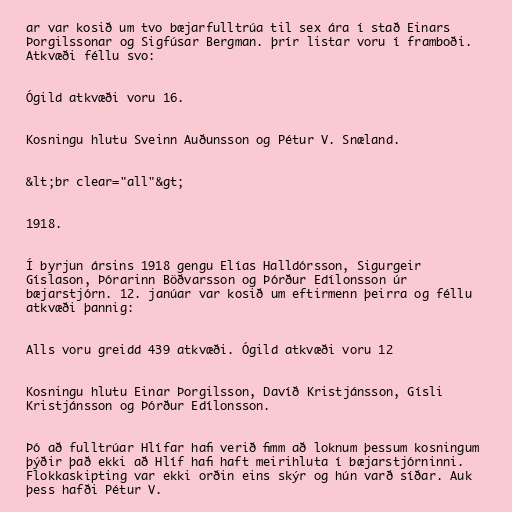
ar var kosið um tvo bæjarfulltrúa til sex ára í stað Einars
Þorgilssonar og Sigfúsar Bergman. þrír listar voru í framboði.
Atkvæði féllu svo:

Ógild atkvæði voru 16.

Kosningu hlutu Sveinn Auðunsson og Pétur V. Snæland.

&lt;br clear="all"&gt;

1918.

Í byrjun ársins 1918 gengu Elías Halldórsson, Sigurgeir
Gíslason, Þórarinn Böðvarsson og Þórður Edílonsson úr
bæjarstjórn. 12. janúar var kosið um eftirmenn þeirra og féllu
atkvæði þannig:

Alls voru greidd 439 atkvæði. Ógild atkvæði voru 12

Kosningu hlutu Einar Þorgilsson, Davíð Kristjánsson, Gísli
Kristjánsson og Þórður Edílonsson.

Þó að fulltrúar Hlífar hafi verið fimm að loknum þessum kosningum
þýðir það ekki að Hlíf hafi haft meirihluta í bæjarstjórninni.
Flokkaskipting var ekki orðin eins skýr og hún varð síðar. Auk
þess hafði Pétur V.